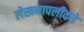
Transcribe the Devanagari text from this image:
लेखनापलीकडे